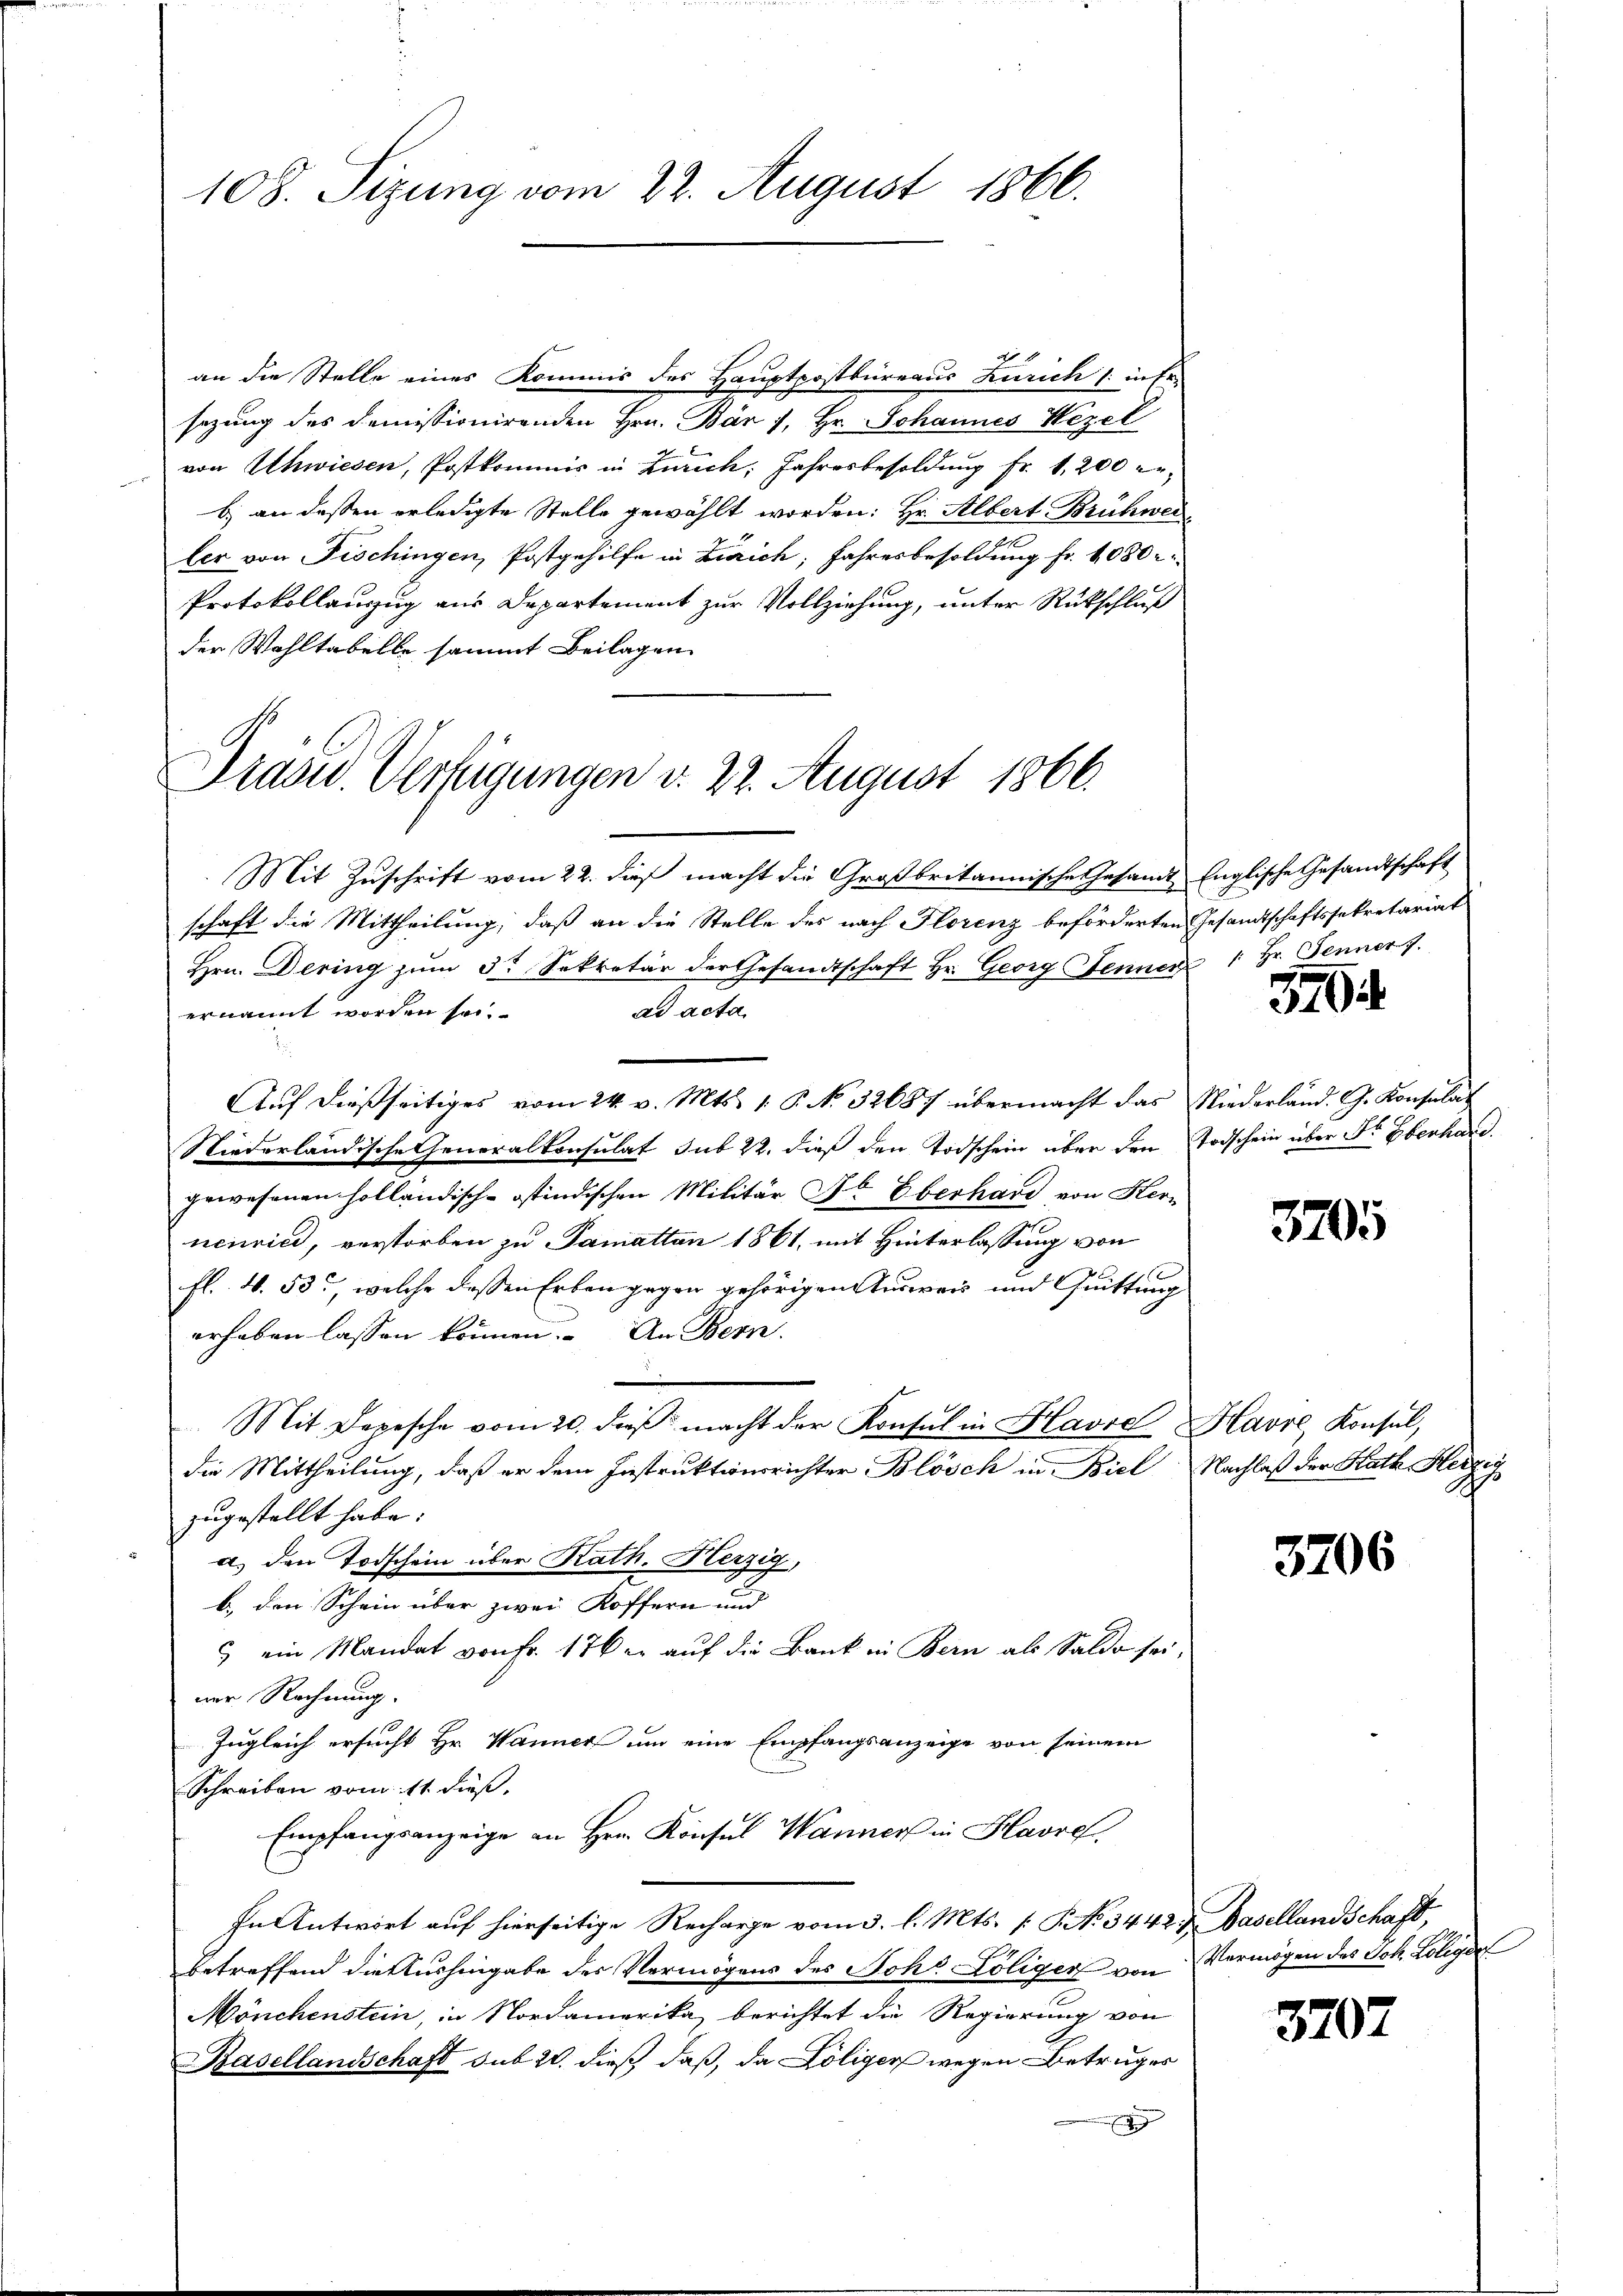
108. Sizung vom 22. August 1866.

No 1
an die Stelle eines Kommis des Hauptpostbureaus Zürich (: inte
sezung des demissionirenden Hrn. Bär 7. Hr. Johannes Wezel
von Uhwiesen, Postkommis in Zürich, Jahresbesoldung fr. 1200 er¬
) an dessen erledigte Stelle gewählt worden: Hr. Albert Brühweiler von Fischingen, Postgehilfe in Zürich, Jahresbesoldung fr. 1080 r
Protokollauszug aus Departement zur Vollziehung, unter Rückschluß
der Wohltabelle sammt Beilagen

Drasw. Verfügungen d. 22. August 1866.

Mit Zuschrift vom 22. dieß macht die Großbritannische Gesamt Englische Gesandtschaft
schaft die Mittheilung, daß an die Stelle des nach Florenz beförderten Gesandtschaftssekretariat
Hrn. Dering zŭm 3t Sekretär der Gesandtschaft Hr. Georg Jennen 1 Hr. Fenner 7.
ad acta
ernannt worden sei.
Aŭf dießseitiges vom 24. v. Mts. 1. P. No. 32687 übermacht das Niederland. G. Konsulat
Niederländische Generalkonsulat sub 22. dieß den Todschein über den Todschein über Sr. Eberhard.
gewesenen holländisch-ostindischen Militär Sr. Eberhard von Hern
nenried, verstorben zu Pamatten 1861, mit Hinterlassung von
fl. 4. 53, welche dessen Erben gegen gehörigen Ausweis und Quittung
erhaben lassen können. An Bern.
Mit Depesche vom 20. dieβ macht der Konsul in Glavre Havre, Konsul,
die Mittheilung, daß er dem Instruktionsrichter Blösch in Biel Nachlaß der Rath Herzig
zugestellt habe.
a) den Todschein über Kath. Herzig,
b. den Schein über zwei Koffern und
c ein Mandat von Fr. 176 er aŭf die Bank in Bern als Saldo sei.
ner Rechnung.
Zugleich ersucht Hr. Wanner um eine Empfangsanzeige von seinem
Schreiben vom 11. dieß.
Empfangsanzeige an Hrn. Konsul Wanner in Havre,
In Antwort auf hierseitige Recharge vom 3. l. Mts. [No 3442; Basellandschaft,
betreffend die Aushingabe der Vermögens des Joh. Löliger von Vermögen des Joh. Loligde
Mönchenstein, in Nordamerika berichtet die Regierung von
Basellandschaft sub 20. dieß, daß, da Köliger wegen Betruges

3704

3705

3206

3707